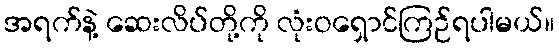
အရက်နဲ့ ဆေးလိပ်တို့ကို လုံးဝရှောင်ကြဉ်ရပါမယ်။